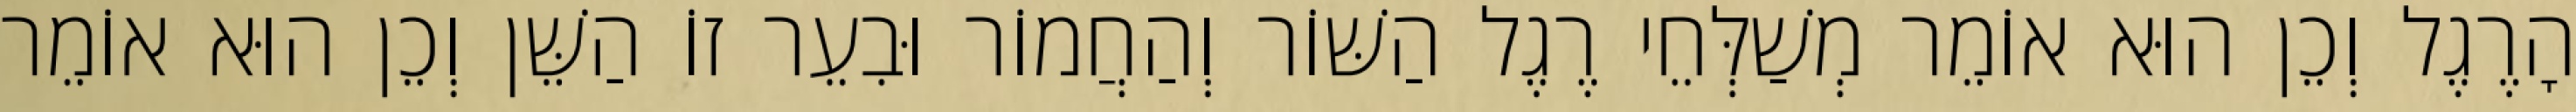
הָרֶגֶל וְכֵן הוּא אוֹמֵר מְשַׁלְּחֵי רֶגֶל הַשּׁוֹר וְהַחֲמוֹר וּבִעֵר זוֹ הַשֵּׁן וְכֵן הוּא אוֹמֵר